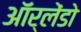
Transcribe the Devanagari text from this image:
ऑर्लेंडो